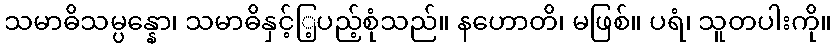
သမာဓိသမ္ပန္နော၊ သမာဓိနှင့်ြ့ပည့်စုံသည်။ နဟောတိ၊ မဖြစ်။ ပရံ၊ သူတပါးကို။